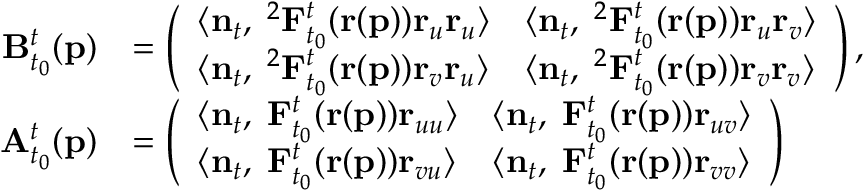
\begin{array} { r l } { \mathbf { B } _ { t _ { 0 } } ^ { t } ( \mathbf { p } ) } & { = \left( \begin{array} { l l } { \langle \mathbf { n } _ { t } , \mathbf { \nabla } ^ { 2 } \mathbf { F } _ { t _ { 0 } } ^ { t } ( \mathbf { r } ( \mathbf { p } ) ) \mathbf { r } _ { u } \mathbf { r } _ { u } \rangle } & { \langle \mathbf { n } _ { t } , \mathbf { \nabla } ^ { 2 } \mathbf { F } _ { t _ { 0 } } ^ { t } ( \mathbf { r } ( \mathbf { p } ) ) \mathbf { r } _ { u } \mathbf { r } _ { v } \rangle } \\ { \langle \mathbf { n } _ { t } , \mathbf { \nabla } ^ { 2 } \mathbf { F } _ { t _ { 0 } } ^ { t } ( \mathbf { r } ( \mathbf { p } ) ) \mathbf { r } _ { v } \mathbf { r } _ { u } \rangle } & { \langle \mathbf { n } _ { t } , \mathbf { \nabla } ^ { 2 } \mathbf { F } _ { t _ { 0 } } ^ { t } ( \mathbf { r } ( \mathbf { p } ) ) \mathbf { r } _ { v } \mathbf { r } _ { v } \rangle } \end{array} \right) , } \\ { \mathbf { A } _ { t _ { 0 } } ^ { t } ( \mathbf { p } ) } & { = \left( \begin{array} { l l } { \langle \mathbf { n } _ { t } , \mathbf { \nabla } \mathbf { F } _ { t _ { 0 } } ^ { t } ( \mathbf { r } ( \mathbf { p } ) ) \mathbf { r } _ { u u } \rangle } & { \langle \mathbf { n } _ { t } , \mathbf { \nabla } \mathbf { F } _ { t _ { 0 } } ^ { t } ( \mathbf { r } ( \mathbf { p } ) ) \mathbf { r } _ { u v } \rangle } \\ { \langle \mathbf { n } _ { t } , \mathbf { \nabla } \mathbf { F } _ { t _ { 0 } } ^ { t } ( \mathbf { r } ( \mathbf { p } ) ) \mathbf { r } _ { v u } \rangle } & { \langle \mathbf { n } _ { t } , \mathbf { \nabla } \mathbf { F } _ { t _ { 0 } } ^ { t } ( \mathbf { r } ( \mathbf { p } ) ) \mathbf { r } _ { v v } \rangle } \end{array} \right) } \end{array}